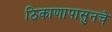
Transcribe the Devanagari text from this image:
ठिकाणापासुनचे